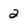
Character: 2